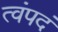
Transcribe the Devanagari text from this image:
त्वंपदं